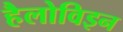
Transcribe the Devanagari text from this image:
हैलोविइन